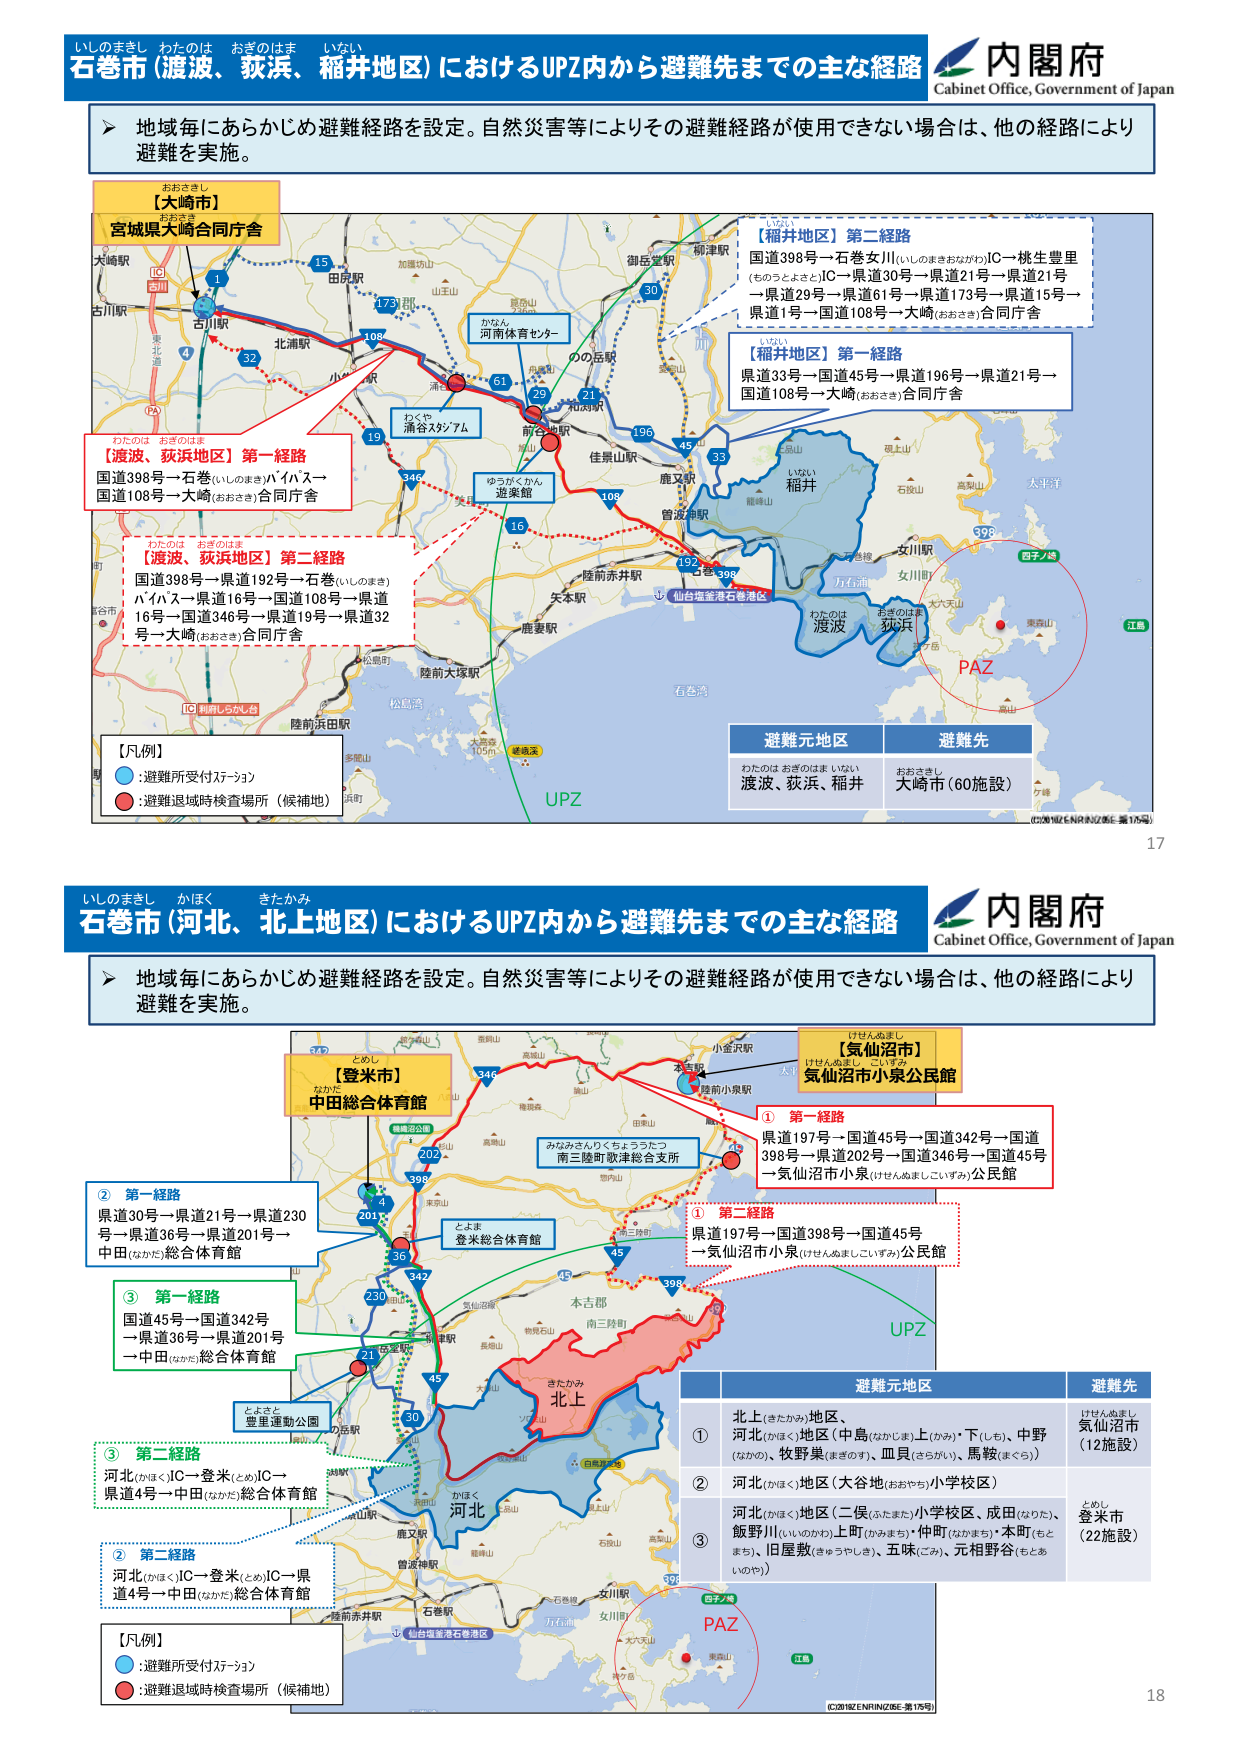
いしのまきし わたのは おきのはま いない
石巻市（渡波、荻浜、稲井地区）におけるUPZ内から避難先までの主な経路
内閣府
Cabinet Office, Government of Japan

地域毎にあらかじめ避難経路を設定。自然災害等によりその避難経路が使用できない場合は、他の経路により避難を実施。

【大崎市】
宮城県大崎合同庁舎

【渡波、荻浜地区】第一経路
国道398号→石巻（いしのまき）バイパス→国道108号→大崎（おおさき）合同庁舎

【渡波、荻浜地区】第二経路
国道398号→県道192号→石巻（いしのまき）バイパス→県道16号→国道108号→県道16号→国道346号→県道19号→県道32号→大崎（おおさき）合同庁舎

【稲井地区】第二経路
国道398号→石巻女川（いしのまきおながわ）IC→桃生豊里（ものうよさと）IC→県道30号→県道21号→県道15号→県道29号→県道61号→県道173号→県道15号→県道1号→国道108号→大崎（おおさき）合同庁舎

【稲井地区】第一経路
県道33号→国道45号→県道196号→県道21号→国道108号→大崎（おおさき）合同庁舎

【凡例】
青丸：避難所受付ステーション
赤丸：避難退域時検査場所（候補地）

避難元地区：わたのは、おきのはま、いない（渡波、荻浜、稲井）
避難先：おおさき（大崎）（60施設）

(2018ZENRIN/Z6E-第175号)
17

いしのまきし かほく きたかみ
石巻市（河北、北上地区）におけるUPZ内から避難先までの主な経路
内閣府
Cabinet Office, Government of Japan

地域毎にあらかじめ避難経路を設定。自然災害等によりその避難経路が使用できない場合は、他の経路により避難を実施。

【登米市】
中田総合体育館

【気仙沼市】
気仙沼市小泉公民館

① 第一経路
県道197号→国道45号→国道342号→国道398号→県道202号→国道346号→国道45号→気仙沼市小泉（けせんぬましこいずみ）公民館

② 第一経路
県道30号→県道21号→県道230号→県道36号→県道201号→中田（なかた）総合体育館

③ 第一経路
国道45号→国道342号→県道36号→県道201号→中田（なかた）総合体育館

① 第二経路
県道197号→国道398号→国道45号→気仙沼市小泉（けせんぬましこいずみ）公民館

③ 第二経路
河北（かほく）IC→登米（とめ）IC→県道4号→中田（なかた）総合体育館

② 第二経路
河北（かほく）IC→登米（とめ）IC→県道4号→中田（なかた）総合体育館

【凡例】
青丸：避難所受付ステーション
赤丸：避難退域時検査場所（候補地）

避難元地区
① 北上（きたかみ）地区（河北（かほく）地区（中島（なかじま）上（かみ）・下（しも）、中野（なかの）、牧野集（まきのす）、皿員（さらがい）、馬鞍（まくら））
② 河北（かほく）地区（大谷地（おおやち）小学校区）
③ 河北（かほく）地区（二俣（ふたまた）小学校区、成田（なりた）、飯野川（いいのがわ）上町（かみまち）・仲町（なかまち）・本町（もとまち）、旧屋敷（きゅうやしき）、五味（ごみ）、元相野谷（もとあいのや））

避難先
① けせんぬまし 気仙沼市（12施設）
② とめし 登米市（22施設）

(2018ZENRIN/Z6E-第175号)
18